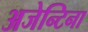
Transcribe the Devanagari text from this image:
अजेन्टिना